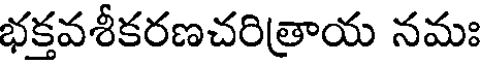
భక్తవశీకరణచరిత్రాయ నమః